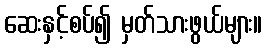
ဆေးနှင့်စပ်၍ မှတ်သားဖွယ်များ။